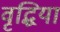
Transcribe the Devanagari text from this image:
वृद्धियां